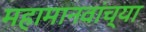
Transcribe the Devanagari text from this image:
महामानवांच्या